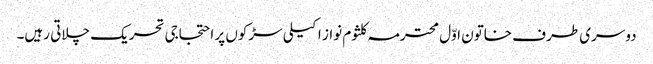
دوسری طرف خاتون اوّل محترمہ کلثوم نواز اکیلی سڑکوں پر احتجاجی تحریک چلاتی رہیں۔